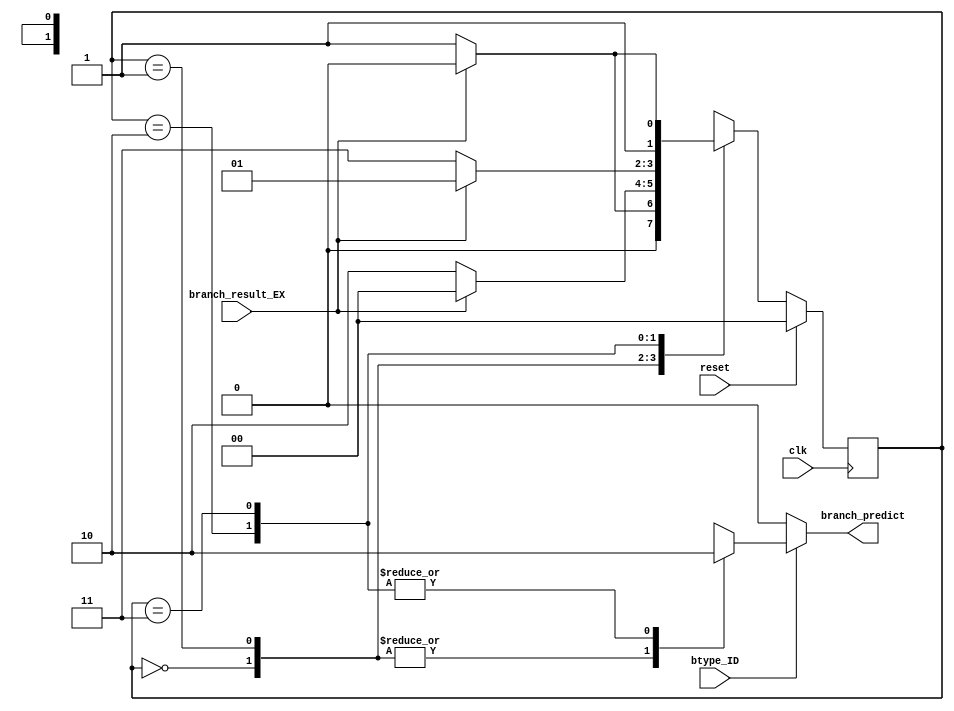
module Branch_Pred(
	input clk, reset, btype_ID, branch_result_EX,
	output branch_predict
	);
	
	localparam TAKEN_STRONG 	= 	2'd0;
	localparam TAKEN_WEAK 		=	2'd1;
	localparam NOT_TAKEN_WEAK 	=	2'd2;
	localparam NOT_TAKEN_STRONG	=	2'd3;

	localparam TAKEN 	= 1'd1; 
	localparam NOT_TAKEN= 1'd0;

	reg [1:0] 	state, state_nxt;
	reg 		predict;

	//Two-bit predictor
	assign branch_predict = btype_ID? predict: NOT_TAKEN;

	//always Taken
	// assign branch_predict = btype_ID? TAKEN: NOT_TAKEN;

	//always Not Taken
	// assign branch_predict = btype_ID? NOT_TAKEN: NOT_TAKEN;

	// 1-bit predictor
	// always@(*) begin
	// 	case(state) 
	// 		TAKEN_STRONG:
	// 		begin
	// 			if(branch_predict) state_nxt = TAKEN_STRONG;
	// 			else state_nxt = NOT_TAKEN_STRONG;

	// 			predict = TAKEN;
	// 		end
	// 		NOT_TAKEN_STRONG:
	// 		begin
	// 			if(branch_predict) state_nxt = TAKEN_STRONG;
	// 			else state_nxt = NOT_TAKEN_STRONG;

	// 			predict = NOT_TAKEN;
	// 		end
	// 	endcase
	// end

	//2-bit predictor
	always@(*) begin
		case(state)
			TAKEN_STRONG:
			begin
				//state
				if(branch_result_EX) state_nxt = TAKEN_STRONG;
				else state_nxt = TAKEN_WEAK;
				//output
				predict = TAKEN;
			end
			TAKEN_WEAK:
			begin
				//state
				if(branch_result_EX) state_nxt = TAKEN_STRONG;
				else state_nxt = NOT_TAKEN_WEAK;
				//output
				predict = TAKEN;
			end
			NOT_TAKEN_WEAK:
			begin
				//state
				if(branch_result_EX) state_nxt = TAKEN_WEAK;
				else state_nxt = NOT_TAKEN_STRONG;
				//output
				predict = NOT_TAKEN;
			end
			NOT_TAKEN_STRONG:
			begin
				//state
				if(branch_result_EX) state_nxt = NOT_TAKEN_WEAK;
				else state_nxt = NOT_TAKEN_STRONG;
				//output
				predict = NOT_TAKEN;
			end
		endcase
	end

	always@(posedge clk) begin
		if(reset) state <= TAKEN_STRONG;
		else state <= state_nxt;
	end
endmodule